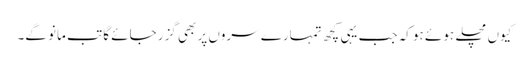
کیوں مچلے ہوئے ہو کہ جب یہی کچھ تمہارے سروں پر بھی گزر جائے گا تب مانو گے۔